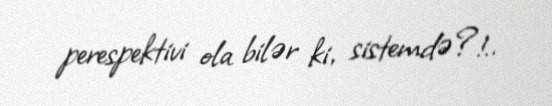
perespektivi ola bilər ki, sistemdə?!..